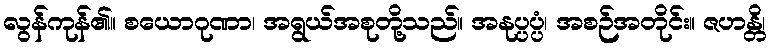
လွန်ကုန်၏။ စယောဂုဏာ၊ အရွယ်အစုတို့သည်။ အနုပ္ပပ္ပံ၊ အစဉ်အတိုင်း။ ဇဟန္တိ၊